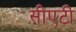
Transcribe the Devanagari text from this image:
सीएटी